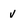
Character: v